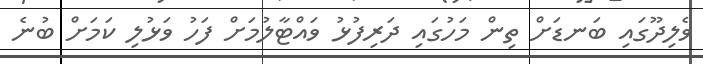
ވެލިދޫގައި ބަނޑަށް ތިން މަހުގައި ދަރިފުޅު ވައްޓާލުމަށް ފަހު ވަޅުލި ކަމަށް ބުނެ